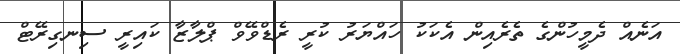
އަނެއް ދެމީހުންގެ ތެރެއިން އެކަކު ހައްޔަރު ކުރީ ރެޑްވޭވް ޕްލާޒާ ކައިރީ ސިނގިރޭޓް